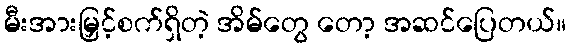
မီးအားမြှင့်စက်ရှိတဲ့ အိမ်တွေ တော့ အဆင်ပြေတယ်။